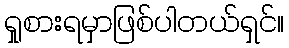
ရှုစားရမှာဖြစ်ပါတယ်ရှင်။